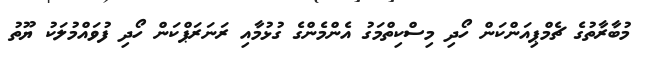
މުބާރާތުގެ ޗެމްޕިއަންކަން ހޯދި މިސްކިތްމަގު އެންމެންގެ ގުޅުމާއި ރަނަރަޕްކަން ހޯދި ފުވައްމުލަކު ޔޫތު